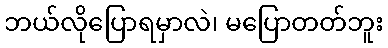
ဘယ်လိုပြောရမှာလဲ၊ မပြောတတ်ဘူး